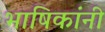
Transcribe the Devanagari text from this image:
भाषिकांनी